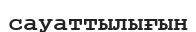
сауаттылығын